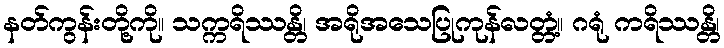
နတ်ကွန်းတို့ကို။ သက္ကရိဿန္တိ၊ အရိုအသေပြုကုန်လတ္တံ့။ ဂရုံ ကရိဿန္တိ၊